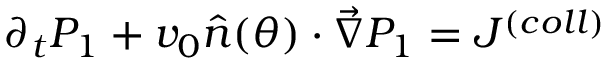
\partial _ { t } P _ { 1 } + v _ { 0 } \hat { n } ( \theta ) \cdot \vec { \nabla } P _ { 1 } = J ^ { ( c o l l ) }